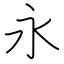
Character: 永